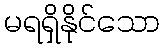
မရရှိနိုင်သော